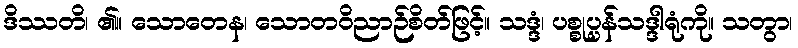
ဒိဿတိ၊ ၏။ သောတေန၊ သောတဝိညာဉ်စိတ်ဖြင့်။ သဒ္ဒံ၊ ပစ္စုပ္ပန်သဒ္ဒါရုံကို။ သတွာ၊